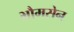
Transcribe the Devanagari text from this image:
भौमसेन